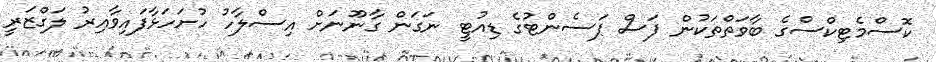
ކޮސްމެޓިކްސްގެ ބާވަތްތަކުން ފަސް ޕަސެންޓުގެ ޑިއުޓީ ނަގަން ގާނޫނަށް އިސްލާހު ހުށަހަޅާފައިވާއިރު ލަގްޒަރީ